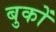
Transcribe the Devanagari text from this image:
बुकों